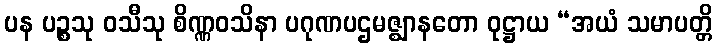
ပန ပဉ္စသု ဝသီသု စိဏ္ဏဝသိနာ ပဂုဏပဌမဇ္ဈာနတော ဝုဋ္ဌာယ “အယံ သမာပတ္တိ